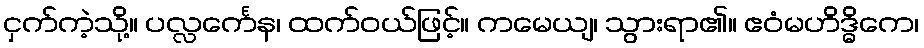
ငှက်ကဲ့သို့။ ပလ္လင်္ကေန၊ ထက်ဝယ်ဖြင့်။ ကမေယျ၊ သွားရာ၏။ ဧဝံမဟိဒ္ဓိကေ၊